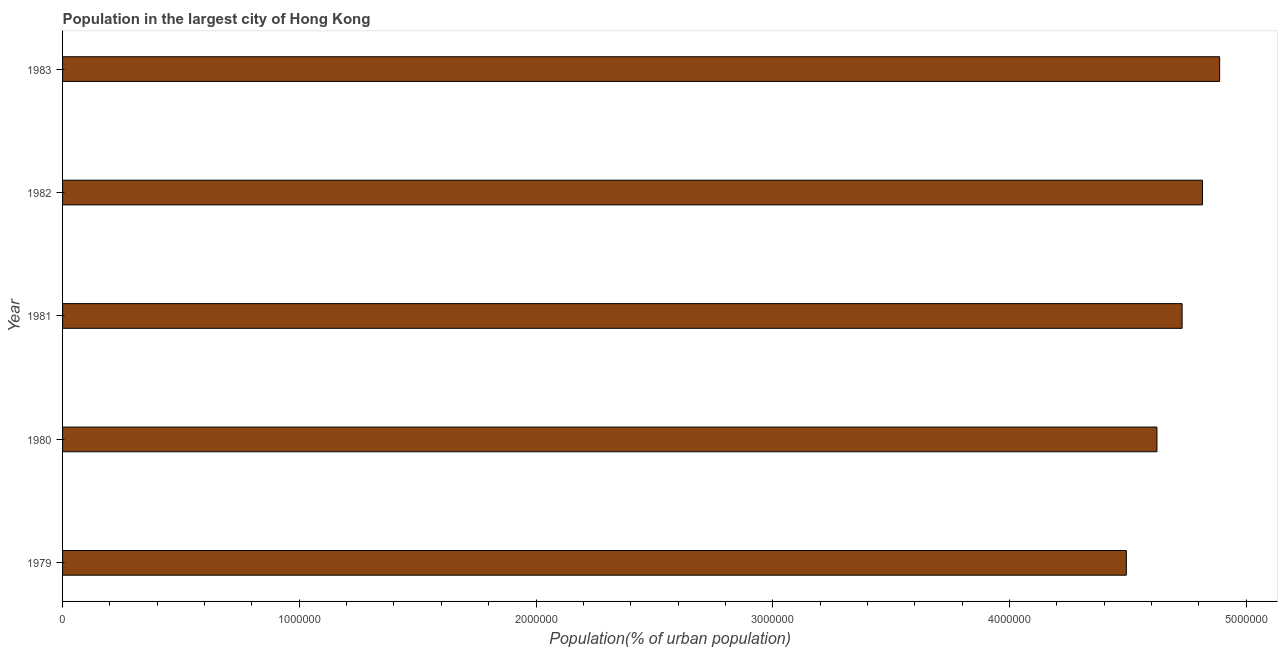
| Year | Population in largest city |
 | --- | --- |
 | 1979 | 4.49e+06 |
 | 1980 | 4.62e+06 |
 | 1981 | 4.73e+06 |
 | 1982 | 4.82e+06 |
 | 1983 | 4.89e+06 |